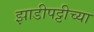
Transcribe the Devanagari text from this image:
झाडीपट्टीच्या